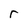
Character: r